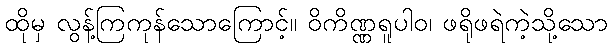
ထိုမှ လွန့်ကြကုန်သောကြောင့်။ ဝိကိဏ္ဏရူပါဝ၊ ဖရိုဖရဲကဲ့သို့သော